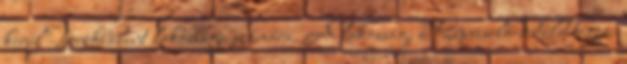
kerül Törökbálint lakossága számára. A lakosság, a Képviselő-testület tagjai